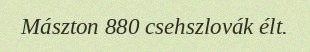
Mászton 880 csehszlovák élt.